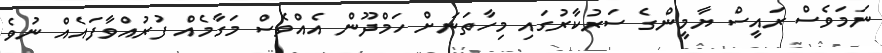
ނަމަވެސް ރައީސް ޔާމީންގެ ސަރުކާރުގައި މިހާތަަނަށް ހަމްދޫން އެއްވެސް މަގާމެއް ފުރުއްވާފައެއް ނުވެ